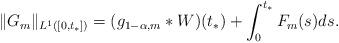
LaTeX: \begin{align*}\|G_{m}\|_{L^{1}([0,t_{*}])} = (g_{1-\alpha,m}*W)(t_{*}) + \int_{0}^{t_{*}} F_{m}(s) ds.\end{align*}